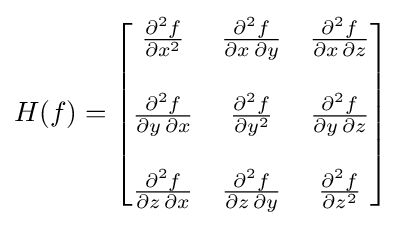
H(f)={\begin{bmatrix}{\frac {\partial ^{2}f}{\partial x^{2}}}&{\frac {\partial ^{2}f}{\partial x\,\partial y}}&{\frac {\partial ^{2}f}{\partial x\,\partial z}}\\\\{\frac {\partial ^{2}f}{\partial y\,\partial x}}&{\frac {\partial ^{2}f}{\partial y^{2}}}&{\frac {\partial ^{2}f}{\partial y\,\partial z}}\\\\{\frac {\partial ^{2}f}{\partial z\,\partial x}}&{\frac {\partial ^{2}f}{\partial z\,\partial y}}&{\frac {\partial ^{2}f}{\partial z^{2}}}\end{bmatrix}}